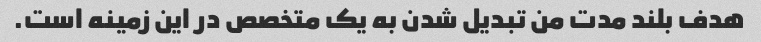
هدف بلند مدت من تبدیل شدن به یک متخصص در این زمینه است.